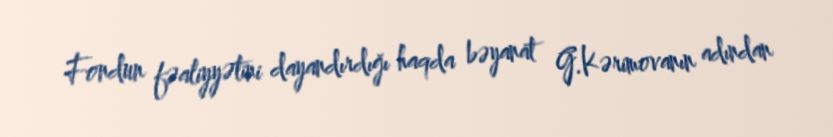
Fondun fəaliyyətini dayandırdığı haqda bəyanat G.Kərimovanın adından